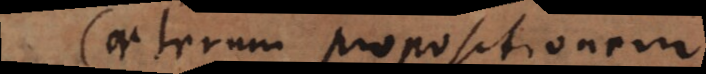
Caeterum propositionem